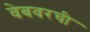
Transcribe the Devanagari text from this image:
वेबवरची